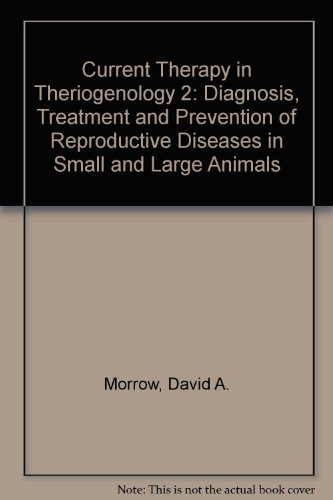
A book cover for Current Therapy in Theriogenology: Diagnosis, Treatment, and Prevention of Reproductive Diseases in Small & Large Animals, 2e (Current Veterinary Therapy) (v. 2); David A. Morrow DVM  PhD; Medical Books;